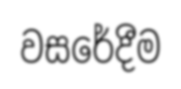
වසරේදීම